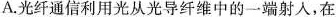
A.光纤通信利用光从光导纤维中的一端射人，在